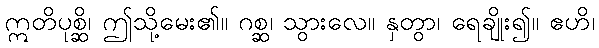
ဣတိပုစ္ဆိ၊ ဤသို့မေး၏။ ဂစ္ဆ၊ သွားလေ။ နှတွာ၊ ရေချိုး၍။ ဧဟိ၊